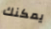
يمكنك